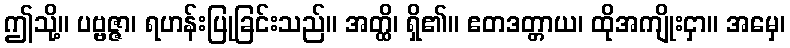
ဤသို့။ ပဗ္ဗဇ္ဇာ၊ ရဟန်းပြုခြင်းသည်။ အတ္ထိ၊ ရှိ၏။ ဧတဒတ္တာယ၊ ထိုအကျိုးငှာ။ အမှေ၊